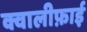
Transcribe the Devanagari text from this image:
क्वालीफ़ाई